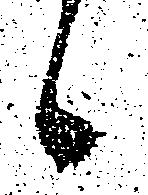
候